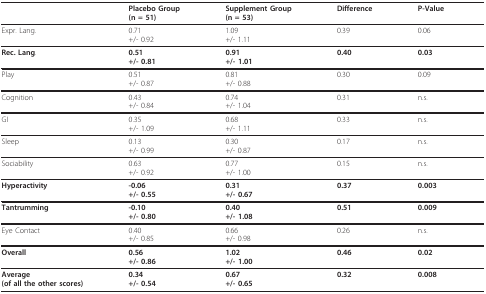
<table><thead><tr><td></td><td><b>Placebo Group(n = 51)</b></td><td><b>Supplement Group(n = 53)</b></td><td><b>Difference</b></td><td><b>P-Value</b></td></tr></thead><tbody><tr><td>Expr. Lang.</td><td>0.71+/- 0.92</td><td>1.09+/- 1.11</td><td>0.39</td><td>0.06</td></tr><tr><td><b>Rec. Lang</b>.</td><td><b>0.51</b><b>+/- 0.81</b></td><td><b>0.91</b><b>+/- 1.01</b></td><td><b>0.40</b></td><td><b>0.03</b></td></tr><tr><td>Play</td><td>0.51+/- 0.87</td><td>0.81+/- 0.88</td><td>0.30</td><td>0.09</td></tr><tr><td>Cognition</td><td>0.43+/- 0.84</td><td>0.74+/- 1.04</td><td>0.31</td><td>n.s.</td></tr><tr><td>GI</td><td>0.35+/- 1.09</td><td>0.68+/- 1.11</td><td>0.33</td><td>n.s.</td></tr><tr><td>Sleep</td><td>0.13+/- 0.99</td><td>0.30+/- 0.87</td><td>0.17</td><td>n.s.</td></tr><tr><td>Sociability</td><td>0.63+/- 0.92</td><td>0.77+/- 1.00</td><td>0.15</td><td>n.s.</td></tr><tr><td><b>Hyperactivity</b></td><td><b>-0.06</b><b>+/- 0.55</b></td><td><b>0.31</b><b>+/- 0.67</b></td><td><b>0.37</b></td><td><b>0.003</b></td></tr><tr><td><b>Tantrumming</b></td><td><b>-0.10</b><b>+/- 0.80</b></td><td><b>0.40</b><b>+/- 1.08</b></td><td><b>0.51</b></td><td><b>0.009</b></td></tr><tr><td>Eye Contact</td><td>0.40+/- 0.85</td><td>0.66+/- 0.98</td><td>0.26</td><td>n.s.</td></tr><tr><td><b>Overall</b></td><td><b>0.56</b><b>+/- 0.86</b></td><td><b>1.02</b><b>+/- 1.00</b></td><td><b>0.46</b></td><td><b>0.02</b></td></tr><tr><td><b>Average</b><b>(of all the other scores)</b></td><td><b>0.34</b><b>+/- 0.54</b></td><td><b>0.67</b><b>+/- 0.65</b></td><td><b>0.32</b></td><td><b>0.008</b></td></tr></tbody></table>